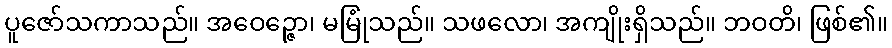
ပူဇော်သကာသည်။ အဝေဉ္ဇော၊ မမြုံသည်။ သဖလော၊ အကျိုးရှိသည်။ ဘဝတိ၊ ဖြစ်၏။